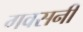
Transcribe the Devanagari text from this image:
गवसनी